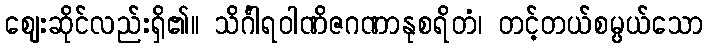
ဈေးဆိုင်လည်းရှိ၏။ သိင်္ဂါရဝါဏိဇဂဏာနုစရိတံ၊ တင့်တယ်စမ္ပယ်သော